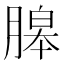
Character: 𦞵